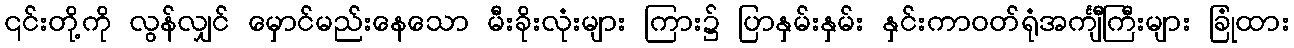
၎င်းတို့ကို လွန်လျှင် မှောင်မည်းနေသော မီးခိုးလုံးများ ကြား၌ ပြာနှမ်းနှမ်း နှင်းကာဝတ်ရုံအင်္ကျီကြီးများ ခြုံထား